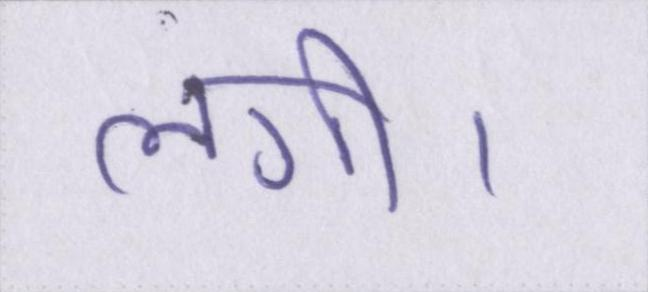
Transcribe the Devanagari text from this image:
लगी।